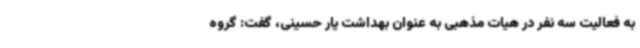
به فعالیت سه نفر در هیات مذهبی به عنوان بهداشت یار حسینی، گفت: گروه